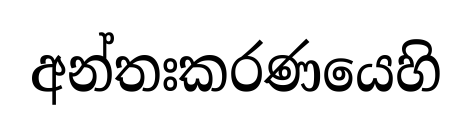
අන්තඃකරණයෙහි